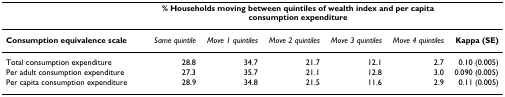
<table><thead><tr><td></td><td colspan="5"><b>% Households moving between quintiles of wealth index and per capita consumption expenditure</b></td><td></td></tr></thead><tbody><tr><td><b>Consumption equivalence scale</b></td><td><i>Same quintile</i></td><td><i>Move 1 quintiles</i></td><td><i>Move 2 quintiles</i></td><td><i>Move 3 quintiles</i></td><td><i>Move 4 quintiles</i></td><td><b>Kappa (SE)</b></td></tr><tr><td>Total consumption expenditure</td><td>28.8</td><td>34.7</td><td>21.7</td><td>12.1</td><td>2.7</td><td>0.10 (0.005)</td></tr><tr><td>Per adult consumption expenditure</td><td>27.3</td><td>35.7</td><td>21.1</td><td>12.8</td><td>3.0</td><td>0.090 (0.005)</td></tr><tr><td>Per capita consumption expenditure</td><td>28.9</td><td>34.8</td><td>21.5</td><td>11.6</td><td>2.9</td><td>0.11 (0.005)</td></tr></tbody></table>